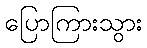
ပြောကြားသွား